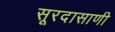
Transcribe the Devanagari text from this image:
सूरदासाणी